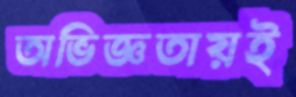
অভিজ্ঞতায়ই